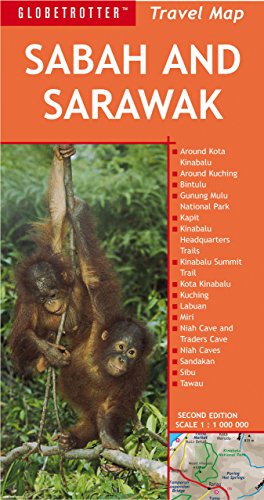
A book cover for Sabah and Sarawak Travel Map (Globetrotter Travel Map); Globetrotter; Travel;